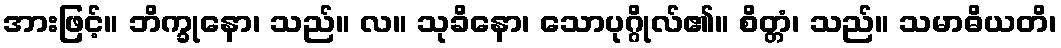
အားဖြင့်။ ဘိက္ခုနော၊ သည်။ လ။ သုခိနော၊ သောပုဂ္ဂိုလ်၏။ စိတ္တံ၊ သည်။ သမာဓိယတိ၊